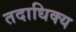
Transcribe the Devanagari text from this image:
तदाधिक्य